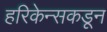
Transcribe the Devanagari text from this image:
हरिकेन्सकडून